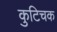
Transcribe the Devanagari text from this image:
कुटिचक